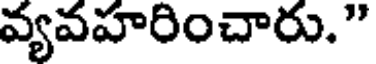
వ్యవహరించారు."